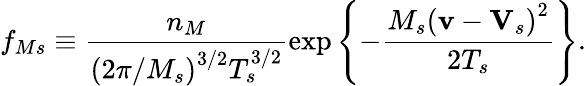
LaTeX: f_{Ms}\equiv\frac{n_{M}}{\left(2\pi/M_{s}\right)^{3/2}T_{s}^{3/2}}\exp\left\{ -\frac{M_{s}\left(\mathbf{v}-\mathbf{V}_{s}\right)^{2}}{2T_{s}}\right\} .